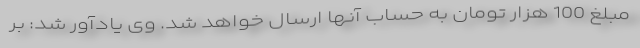
مبلغ 100 هزار تومان به حساب آنها ارسال خواهد شد. وی یادآور شد: بر